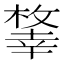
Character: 𢆨